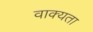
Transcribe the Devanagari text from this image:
वाक्यता